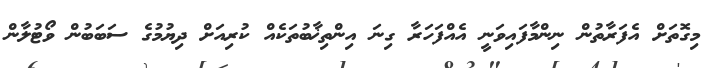
މިގޮތަށް އެފަރާތުން ނިންމާފައިވަނީ އެއްފަހަރާ ގިނަ އިންތިޚާބުތަކެއް ކުރިއަށް ދިޔުމުގެ ސަބަބުން ވޯޓުލާން